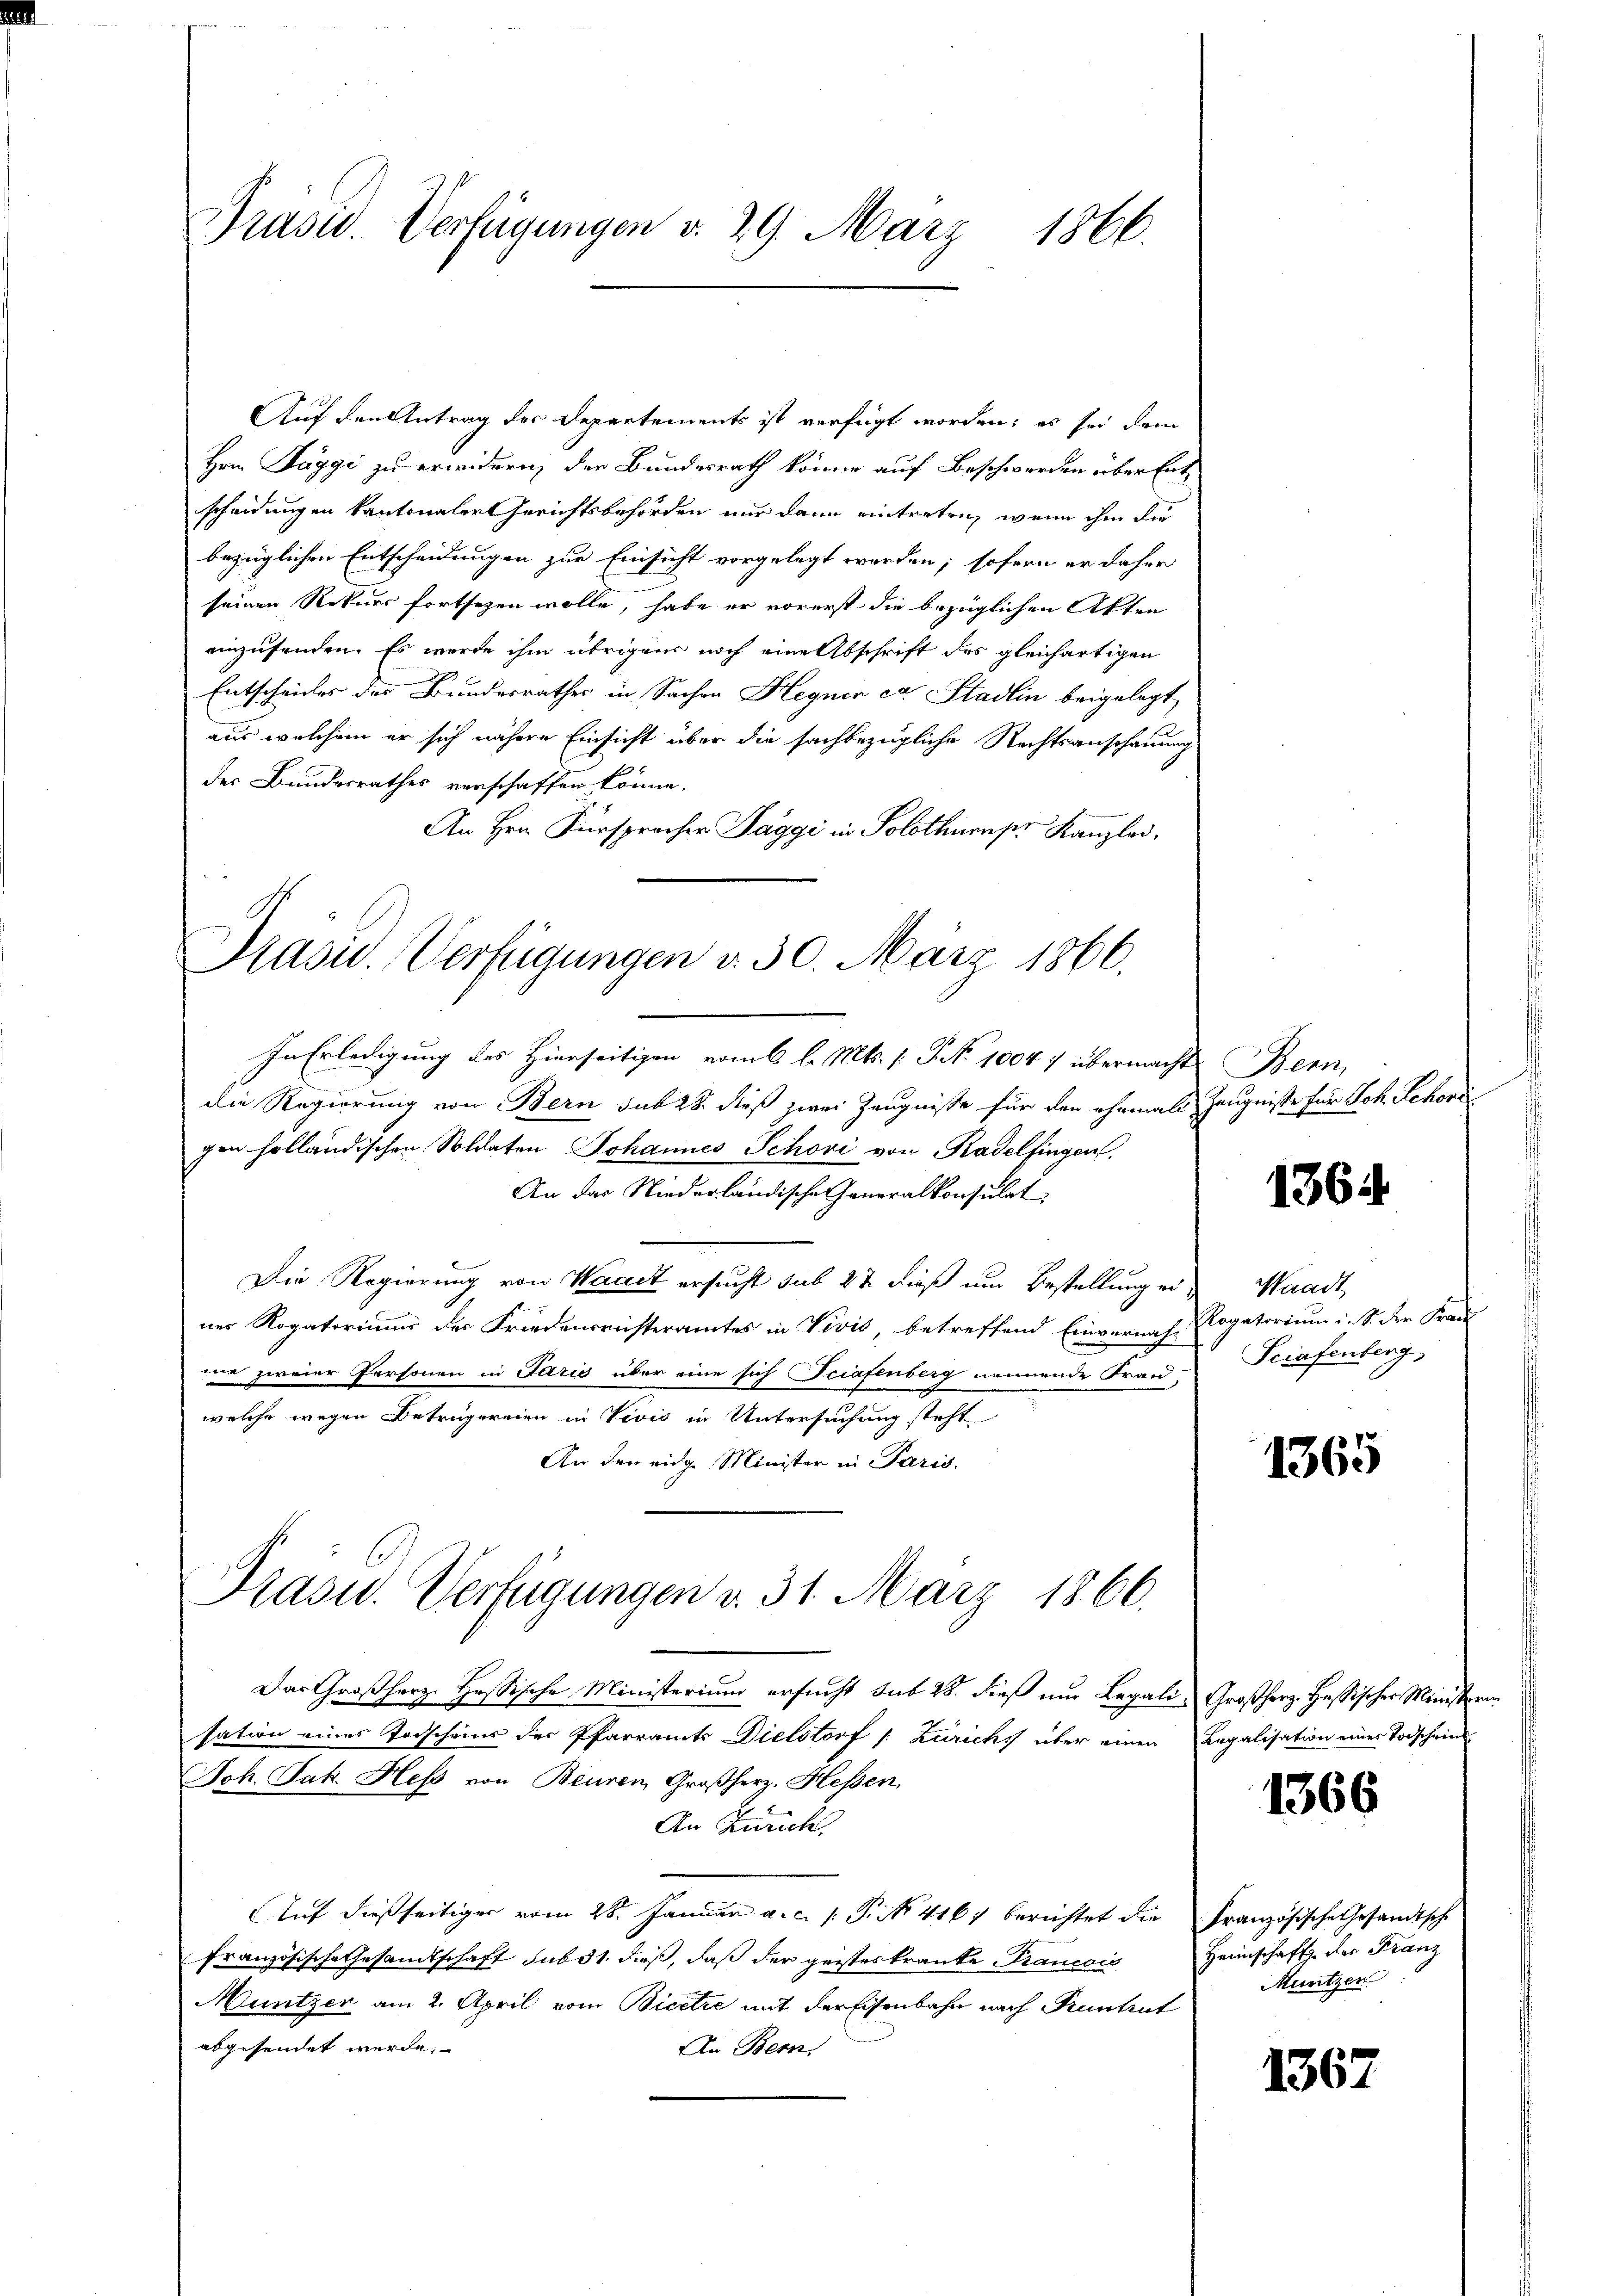
Prasw. Verfügungen v. 29. März
1866.

Auf den Antrag des Departements ist verfügt worden; es sei dem
Hrn Jaggi zu erwidern, den Bundesrath könne auf Beschwerden über Ent
scheidungen kantonalergerichtsbehörden nur dann eintreten, wenn ihm dur
bezüglichen Entscheidungen zur Einsicht vorgelegt worden; sofern er daher
seinen Rekurs fortsezen wolle, habe er vorerst die bezüglichen Akten
einzufanden. Es werde ihm übrigens noch eine Abschrift des gleichartigen
Entscheides der Bundesrathes in Sachen Hegner et Stadlin beigelegt,
aus welchem er sich nähere Einsicht über die sachbezügliche Rechtsanschauung
der Bundesrathes verschaffen könne.
An Hrn. Fürspracher Taggi in Solothuenper Kanzlei,
die Regierung von Bern sub 28. dieß zwei Zeugnisse für den ehemals Zeugniße für Joh. Schori
gen holländischen Soldaten Johannes Schovi von Kadelfingen
An das Niederländische Generalkonsulat
Die Regierung von Waadt ersucht sub 22 dieß um Bestellung einer Rogatorium der Friedensreisteramtes in Vivis, betreffend Einvernach Rogatorium i. S. der Frau
mie zweier Personen in Paris über eine sich Triafenberg nennende Fran-
welche wegen Betrugereien in Vivis in Untersuchung steht
An den eige Minister in Paris.
Präsid.. Verfügungen v. 31. März 1866.
Das Großherz. Hessische Ministerium ersucht sub 28. dieß nur Legali, Großherz. Hassischer Ministerin
sation eines Todscheins der Pfarramts Dielstorf /: Zürich über einen Regalisation einer Todschein
Joh. Jak. Hess von Beuren Großherz. Hessen
An Zürich.
Auf dießseitiger vom 28. Januar a. c. s. P. No 4167 berichtet die Französische Gesandtsche
französische Gesandtschaft sub 31. dieß, daß der geisteskranke Krancois
Müntzer am 2. April vom Bicetze mit der Eisenbahn nach Pruntrut
abgesendet werde,
An Bern

Präsid.. Verfügungen d. 30. März 1866.
In Erledigung des Hierseitigen vom 6 l. Mts. (T. No 1004 / übermacht Bern,

136.

Waadt
Sciafenberg,

1365

1366

Heimschaft der Franz
Muntzen.

1367